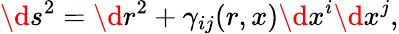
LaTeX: \d s^{2}=\d r^{2}+\gamma_{ij}(r,x)\d x^{i}\d x^{j},